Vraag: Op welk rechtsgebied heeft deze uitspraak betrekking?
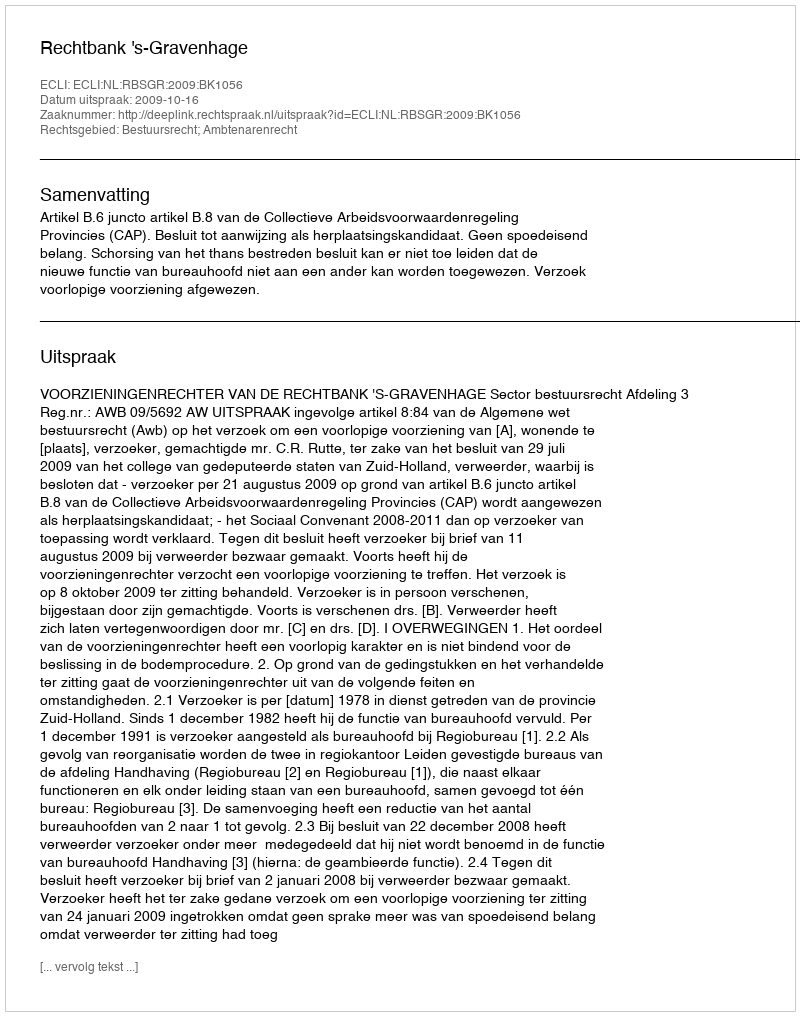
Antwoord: Bestuursrecht; Ambtenarenrecht